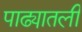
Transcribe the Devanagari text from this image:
पाढ्यातली